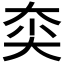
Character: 𱘰